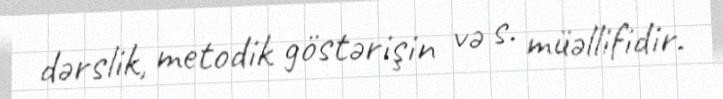
dərslik, metodik göstərişin və s. müəllifidir.